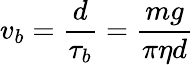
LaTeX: v_{b}=\frac{d}{\tau_{b}}=\frac{mg}{\pi\eta d}